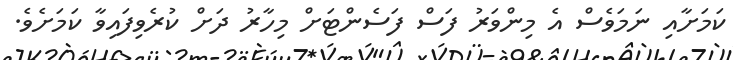
ކަމަށާއި ނަމަވެސް އެ މިންވަރު ފަސް ފަސެންޓަށް މިހާރު ދަށް ކުރެވިފައިވާ ކަމަށެވެ.